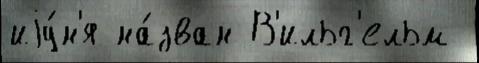
иjу́н'я на́зван В'ильг'ельм